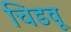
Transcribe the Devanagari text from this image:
चिडवू